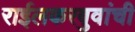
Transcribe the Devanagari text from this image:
राईलकरबुवांची